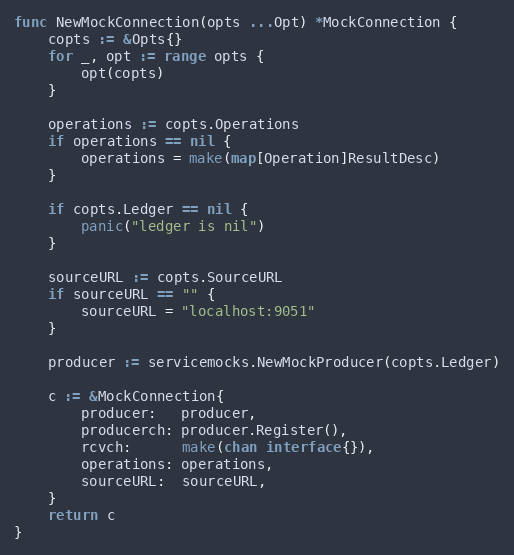
Language: Go
func NewMockConnection(opts ...Opt) *MockConnection {
	copts := &Opts{}
	for _, opt := range opts {
		opt(copts)
	}

	operations := copts.Operations
	if operations == nil {
		operations = make(map[Operation]ResultDesc)
	}

	if copts.Ledger == nil {
		panic("ledger is nil")
	}

	sourceURL := copts.SourceURL
	if sourceURL == "" {
		sourceURL = "localhost:9051"
	}

	producer := servicemocks.NewMockProducer(copts.Ledger)

	c := &MockConnection{
		producer:   producer,
		producerch: producer.Register(),
		rcvch:      make(chan interface{}),
		operations: operations,
		sourceURL:  sourceURL,
	}
	return c
}